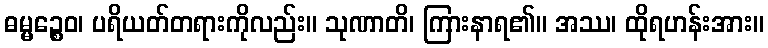
ဓမ္မဉ္စေဝ၊ ပရိယတ်တရားကိုလည်း။ သုဏာတိ၊ ကြားနာရ၏။ အဿ၊ ထိုရဟန်းအား။